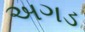
અગડ